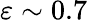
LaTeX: \varepsilon\sim 0.7